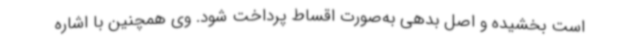
است بخشیده و اصل بدهی به‌صورت اقساط پرداخت شود. وی همچنین با اشاره